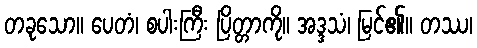
တခုသော။ ပေတံ၊ စပါးကြီး ပြိတ္တာကို။ အဒ္ဒသံ၊ မြင်၏။ တဿ၊